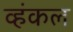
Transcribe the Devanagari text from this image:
व्हंकल